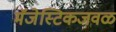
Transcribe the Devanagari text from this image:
मॅजेस्टिकजवळ